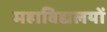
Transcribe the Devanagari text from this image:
महाविद्यलयों